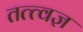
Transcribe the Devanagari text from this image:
तत्त्‍वज्ञ